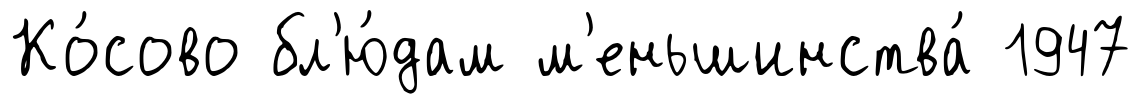
Ко́сово бл'ю́дам м'еньшинства́ 1947